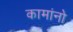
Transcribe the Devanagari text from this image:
कामांनो